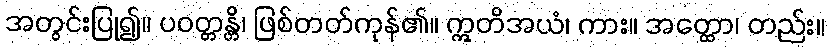
အတွင်းပြု၍။ ပဝတ္တန္တိ၊ ဖြစ်တတ်ကုန်၏။ ဣတိအယံ၊ ကား။ အတ္ထော၊ တည်း။